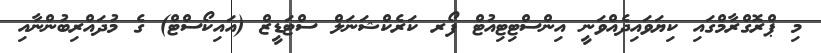
މި ޕްރޮގްރާމްގައި ކިޔަވައިދެއްވަނީ އިންސްޓިޓިއުޓް ފޯރ ކަރެކްޝަނަލް ސްޓަޑީޒް (އައިކޯސްޓް) ގެ މުދައްރިބުންނާއި